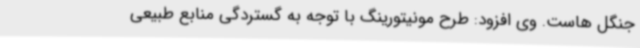
جنگل هاست. وی افزود: طرح مونیتورینگ با توجه به گستردگی منابع طبیعی